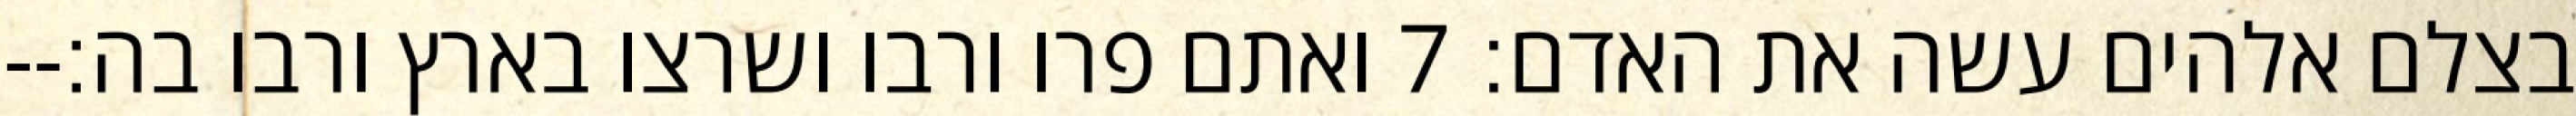
בצלם אלהים עשה את האדם׃ ‎7‏ ואתם פרו ורבו ושרצו בארץ ורבו בה׃--